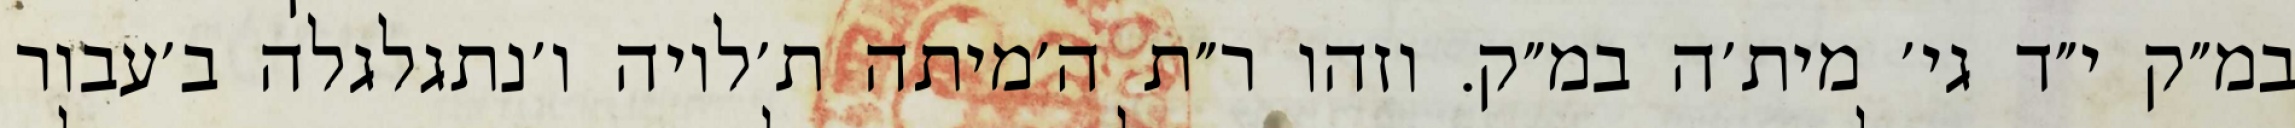
במ״ק י״ד גי׳ מית׳ה במ״ק. וזהו ר״ת ה׳מיתה ת׳לויה ו׳נתגלגלה ב׳עבור